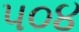
૫૦૪